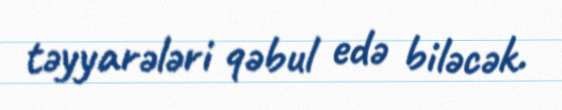
təyyarələri qəbul edə biləcək.